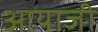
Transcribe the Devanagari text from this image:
आयाजी